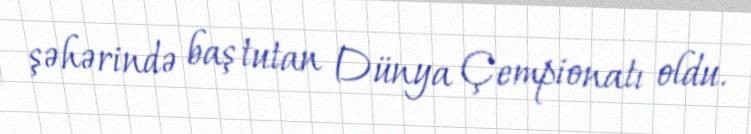
şəhərində baş tutan Dünya Çempionatı oldu.